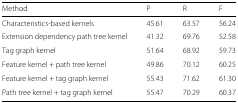
| Method | P | R | F |
 | --- | --- | --- | --- |
 | Characteristics-based kernels | 45.61 | 63.57 | 56.24 |
 | Extension dependency path tree kernel | 41.32 | 69.76 | 52.58 |
 | Tag graph kernel | 51.64 | 68.92 | 59.73 |
 | Feature kernel + path tree kernel | 49.86 | 70.12 | 60.25 |
 | Feature kernel + tag graph kernel | 55.43 | 71.62 | 61.30 |
 | Path tree kernel + tag graph kernel | 55.47 | 70.29 | 60.37 |